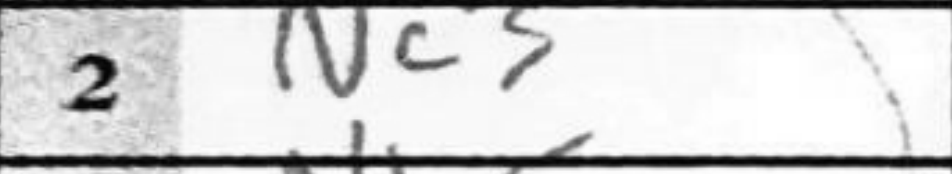
Transcription: Nc3